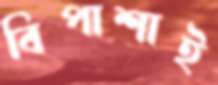
বিপাশাই